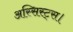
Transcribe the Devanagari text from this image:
अस्सिस्ट्स।